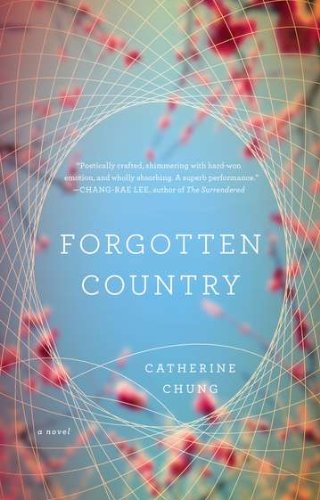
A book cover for Forgotten Country; Catherine Chung; Literature & Fiction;